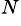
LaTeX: ^N